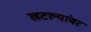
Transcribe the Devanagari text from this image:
खटल्यांवर